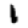
Digit: 1